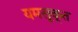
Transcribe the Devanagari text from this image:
यमसूक्त